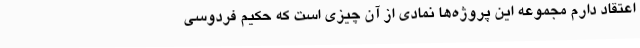
اعتقاد دارم مجموعه این پروژه‌ها نمادی از آن چیزی است که حکیم فردوسی